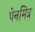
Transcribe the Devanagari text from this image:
पेनमित्र